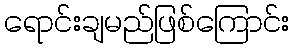
ရောင်းချမည်ဖြစ်ကြောင်း